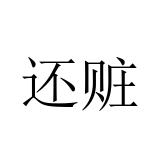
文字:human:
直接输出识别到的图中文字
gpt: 还赃